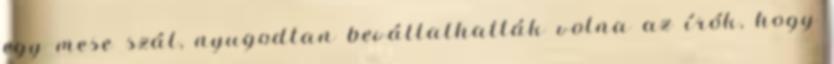
egy mese szál, nyugodtan bevállalhatták volna az írók, hogy